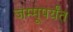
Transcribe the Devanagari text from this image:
जम्मूपर्यंत